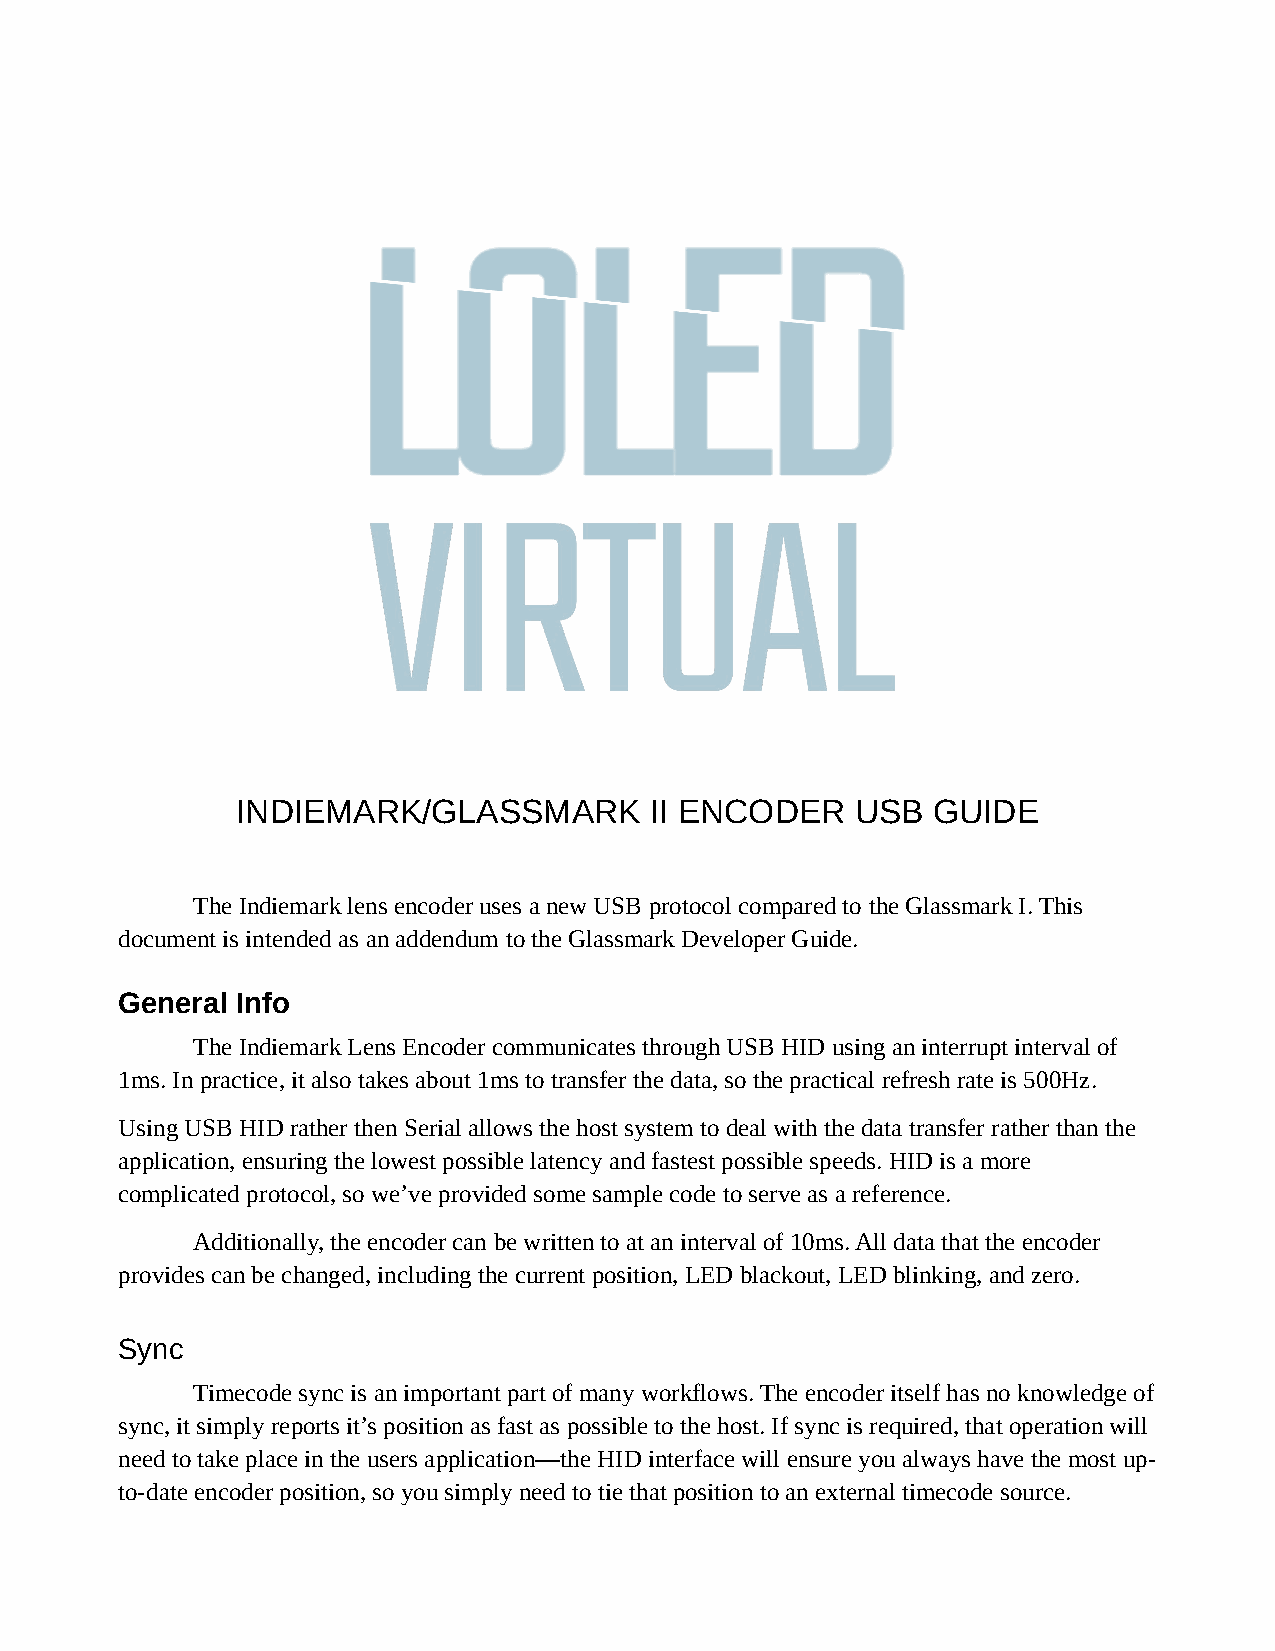
INDIEMARK/GLASSMARK        II ENCODER    USB  GUIDE
 The Indiemark lens encoder uses a new USB protocol compared to the Glassmark I. This
 document is intended as an addendum to the Glassmark Developer Guide.
 General Info
 The Indiemark Lens Encoder communicates through USB HID using an interrupt interval of
 1ms. In practice, it also takes about 1ms to transfer the data, so the practical refresh rate is 500Hz.
 Using USB HID rather then Serial allows the host system to deal with the data transfer rather than the
 application, ensuring the lowest possible latency and fastest possible speeds. HID is a more
 complicated protocol, so we’ve provided some sample code to serve as a reference.
 Additionally, the encoder can be written to at an interval of 10ms. All data that the encoder
 provides can be changed, including the current position, LED blackout, LED blinking, and zero.
 Sync
 Timecode sync is an important part of many workflows. The encoder itself has no knowledge of
 sync, it simply reports it’s position as fast as possible to the host. If sync is required, that operation will
 need to take place in the users application—the HID interface will ensure you always have the most up-
 to-date encoder position, so you simply need to tie that position to an external timecode source.